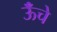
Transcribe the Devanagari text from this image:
ऊॅंचे